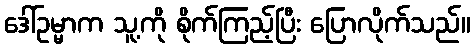
ဒေါ်ဥမ္မာက သူ့ကို စိုက်ကြည့်ပြီး ပြောလိုက်သည်။